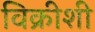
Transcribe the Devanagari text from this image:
विक्रीशी